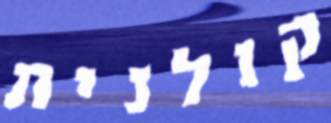
קולנית